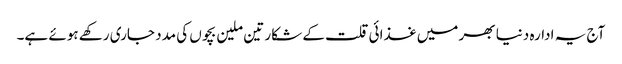
آج یہ ادارہ دنیا بھر میں غذائی قلت کے شکار تین ملین بچوں کی مدد جاری رکھے ہوئے ہے۔